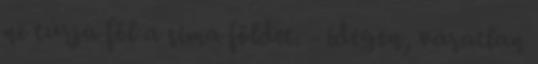
ne túrja föl a sima földet. - idegen, váratlan